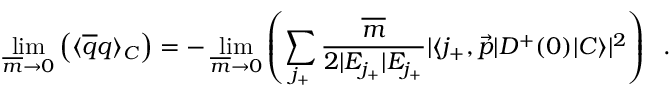
\operatorname * { l i m } _ { \overline { { { m } } } \to 0 } \left( \langle \overline { { { q } } } q \rangle _ { C } \right) = - \operatorname * { l i m } _ { \overline { { { m } } } \to 0 } \left( \sum _ { j _ { + } } \frac { \overline { { { m } } } } { 2 | E _ { j _ { + } } | E _ { j _ { + } } } | \langle j _ { + } , \vec { p } | D ^ { + } ( 0 ) | C \rangle | ^ { 2 } \right) \; \; .